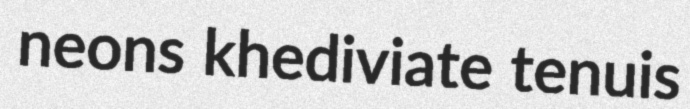
neons khediviate tenuis